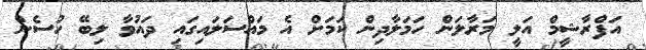
އަފްރާޝީމް އަލީ މަރާލަން ހަމަލާދިން ކަމަށް އެ މައްސަލައިގައި ދައުވާ ލިބޭ ހުސެން